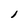
Character: 1